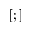
[ ; ]